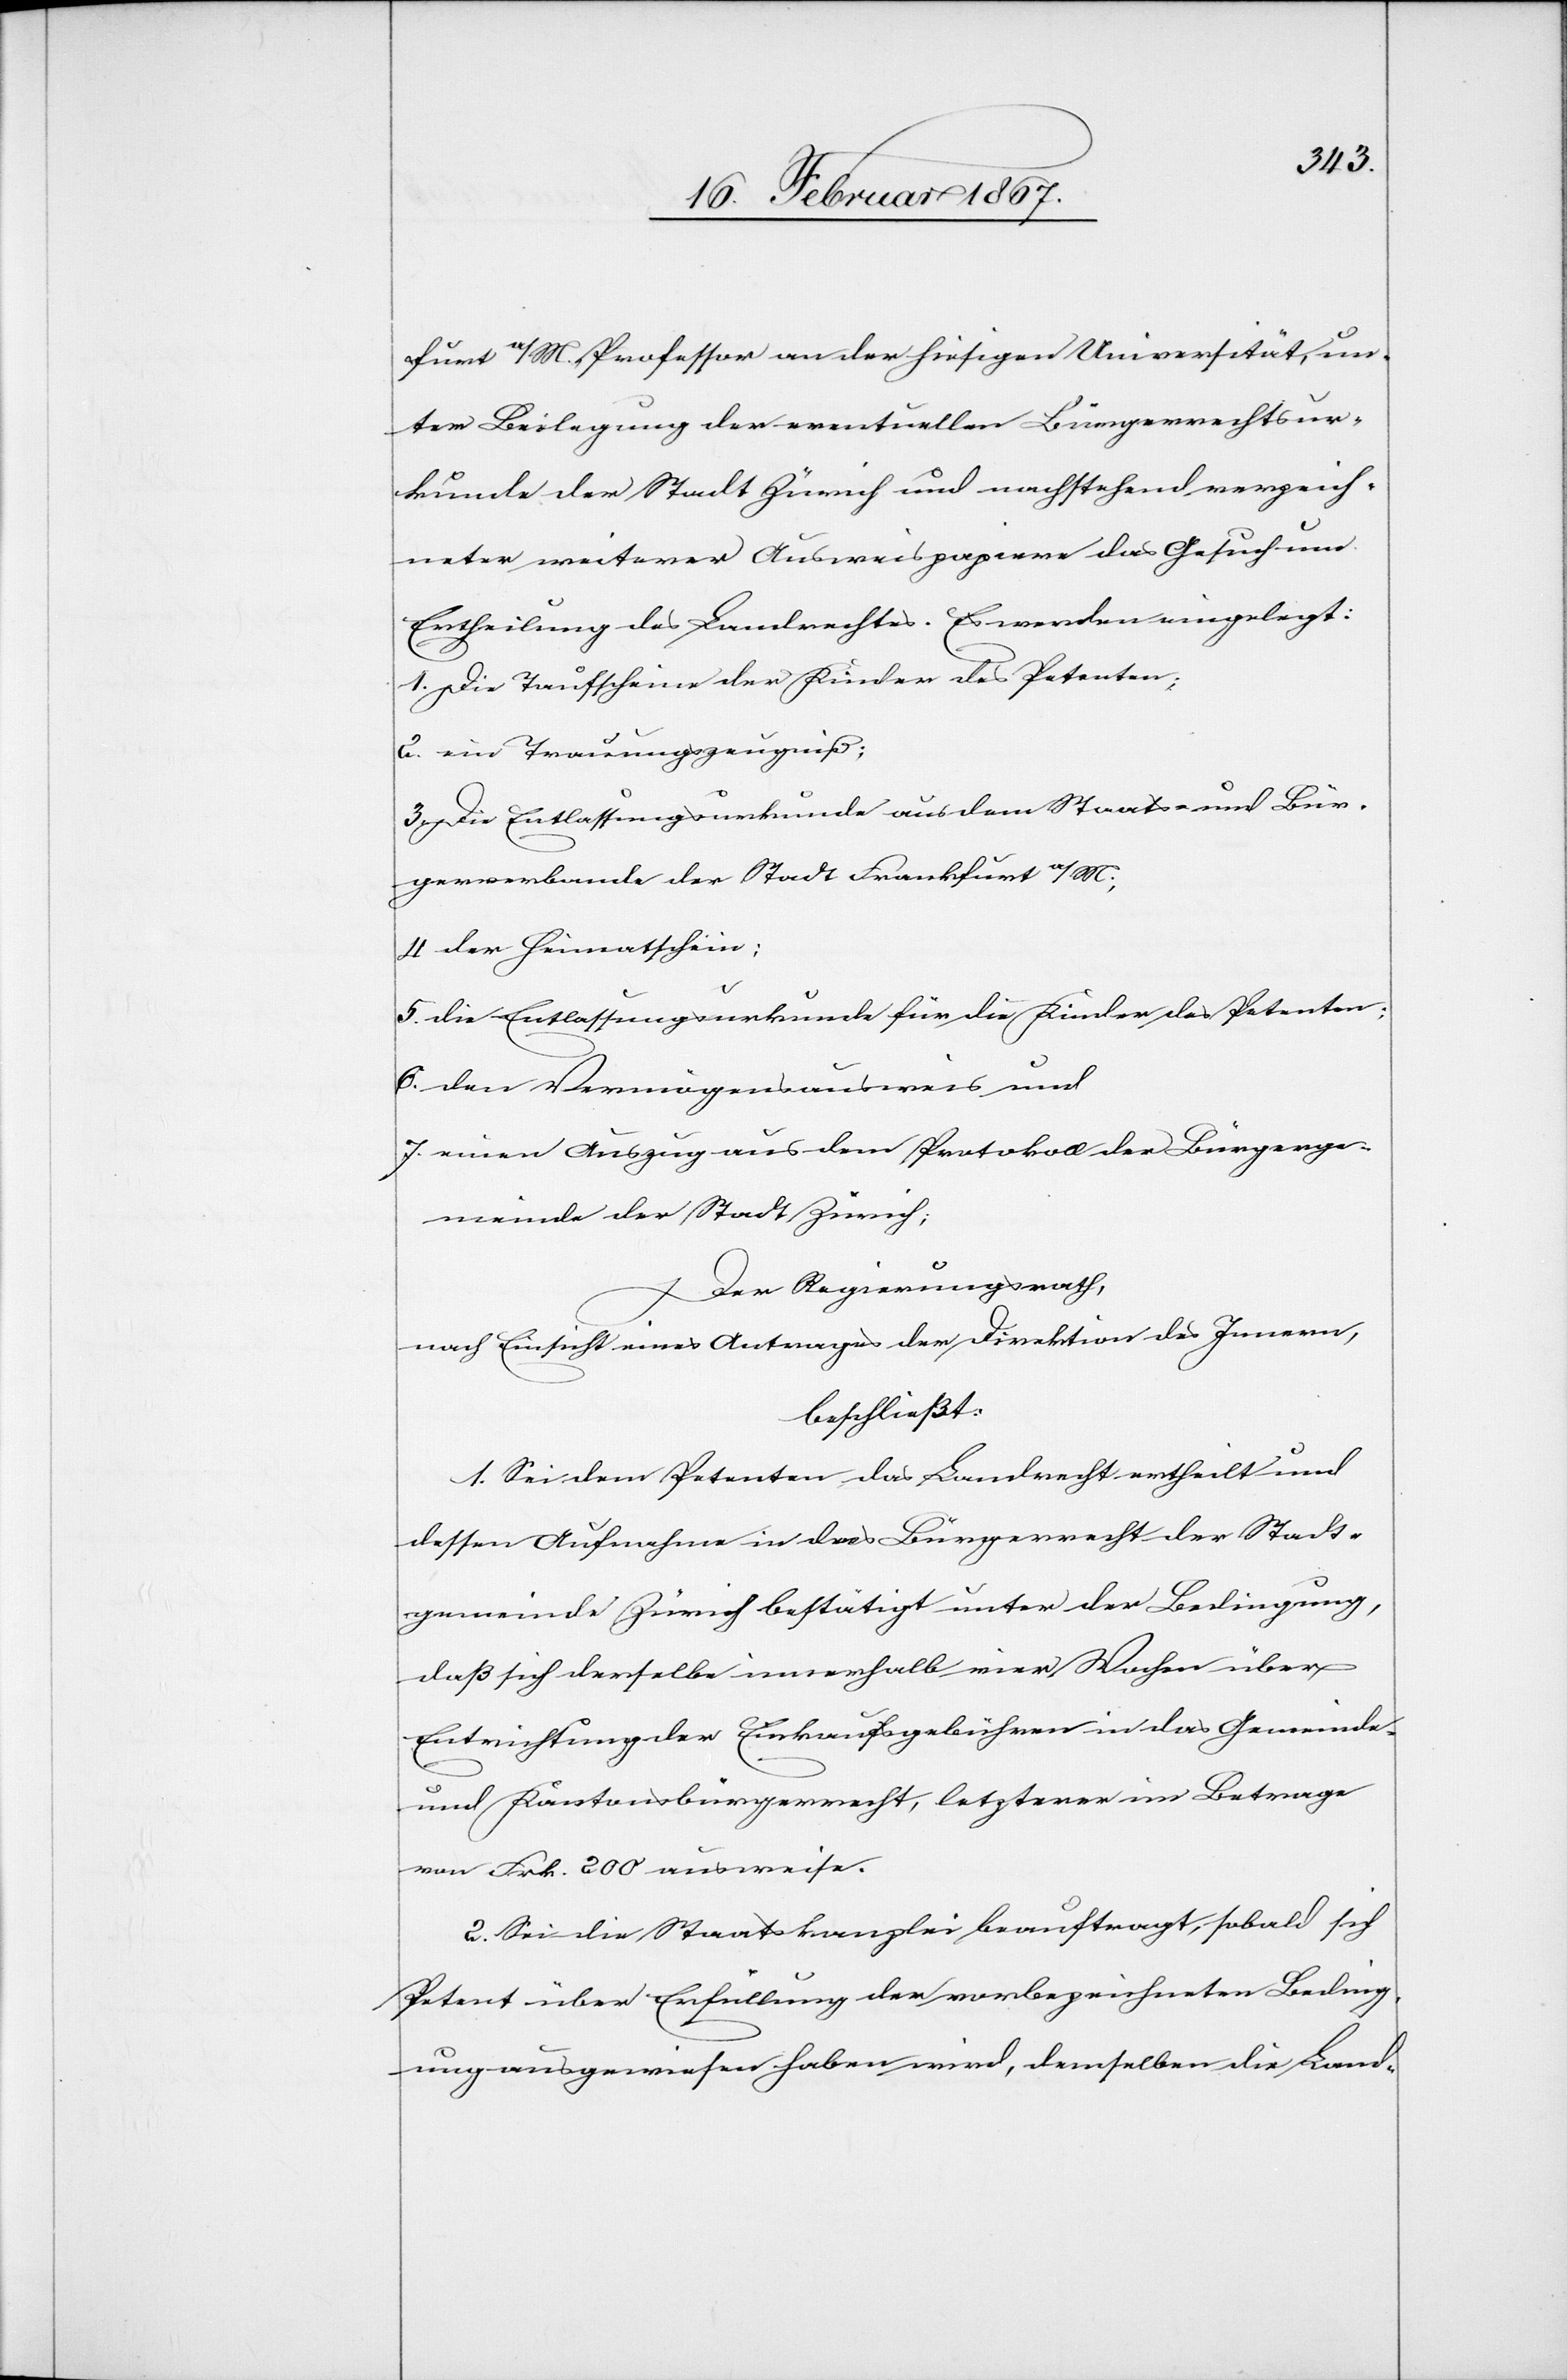
furt a/M., Professor an der hiesigen Universität, un¬
ter Beilegung der eventuellen Bürgerrechtsur¬
kunde der Stadt Zürich und nachstehend verzeich¬
neter weiterer Ausweispapiere das Gesuch um
Ertheilung des Landrechtes. Es werden eingelegt:
1. Die Taufscheine der Kinder des Petenten;
2. ein Trauungszeugniß:
3. Die Entlassungsurkunde aus dem Staats- und Bür¬
gerverbande der Stadt Frankfurt a/M.,
4. der Heimatschein;
5. die Entlassungsurkunde für die Kinder des Petenten;
6. den Vermögensausweis und
7. einen Auszug aus dem Protokoll der Bürgerge¬
meinde der Stadt Zürich;
Der Regierungsrath,
nach Einsicht eines Antrages der Direktion des Innern,
beschließt:
1. Sei dem Petenten das Landrecht ertheilt und
dessen Aufnahme in das Bürgerrecht der Stadt¬
gemeinde Zürich bestätigt unter der Bedingung,
daß sich derselbe innerhalb vier Wochen über
Entrichtung der Einkaufsgebühren in das Gemeinde-
und Kantonsbürgerrecht, letzterer im Betrage
von Fr. 200 ausweise.
2. Sei die Staatskanzlei beauftragt, sobald sich
Petent über Erfüllung der vorbezeichneten Beding¬
ung ausgewiesen haben wird, demselben die Land-